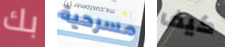
بك مسرحية كيف